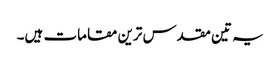
یہ تین مقدس ترین مقامات ہیں۔